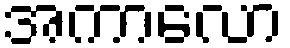
အကာလော